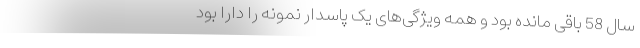
سال 58 باقی مانده بود و همه ویژگی‌های یک پاسدار نمونه را دارا بود